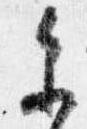
参